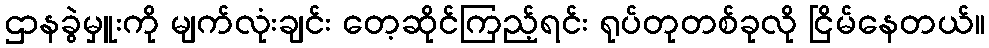
ဌာနခွဲမှူးကို မျက်လုံးချင်း တေ့ဆိုင်ကြည့်ရင်း ရုပ်တုတစ်ခုလို ငြိမ်နေတယ်။